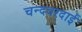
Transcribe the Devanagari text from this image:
चन्दवरदाई